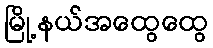
မြို့နယ်အထွေထွေ